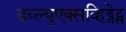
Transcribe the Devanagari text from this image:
डब्ल्युएक्सव्हिड्जेट्स